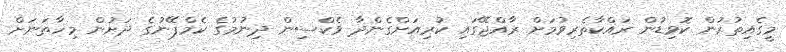
މީގެއިތުރުން ކޮވިޑުން ރައްކާތެރިވުމަށް ރާއްޖޭގައި ކުރިއަށްގެންދާ ވެކްސިން ދިނުމުގެ ކެމްޕޭނުގެ ދަށުން މިހާތަނަށް